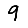
Digit: 9